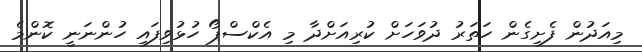
މިއަދުން ފެށިގެން ހަތަރު ދުވަހަށް ކުރިއަށްދާ މި އެކްސްޕޯ ހުޅުވިފައި ހުންނަނީ ކޮންމެ